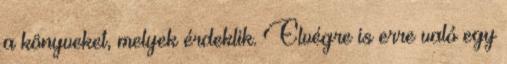
a könyveket, melyek érdeklik. Elvégre is erre való egy